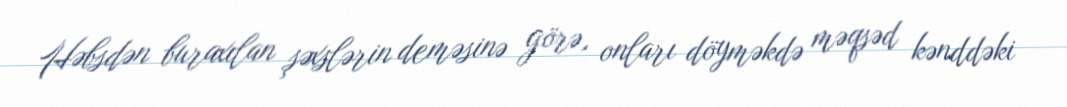
Həbsdən buraxılan şəxslərin deməsinə görə, onları döyməkdə məqsəd kənddəki